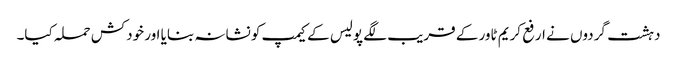
دہشت گردوں نے ارفع کریم ٹاور کے قریب لگے پولیس کے کیمپ کو نشانہ بنایا اور خودکش حملہ کیا۔